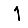
Digit: 1